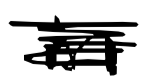
Text: in
Cross-out: scratch
Writing tool: digital_black